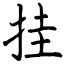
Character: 挂